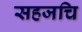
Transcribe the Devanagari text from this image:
सहजचि